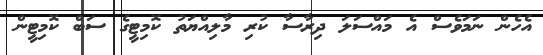
އެހެން ނަމަވެސް އެ މައްސަލަ ދިރާސާ ކުރި މާލިއްޔަތު ކޮމިޓީގެ ސަބް ކޮމިޓީން